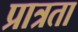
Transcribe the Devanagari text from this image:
प्रात्रता